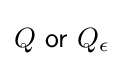
Q~{\mathsf {or}}~Q_{\epsilon }